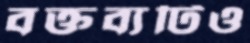
বক্তব্যটিও